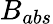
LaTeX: B_{abs}